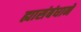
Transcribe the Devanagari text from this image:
ह्यासंबंधानें